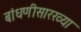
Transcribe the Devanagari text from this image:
बांधणीसारख्या